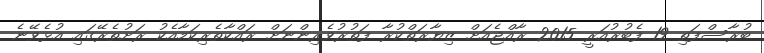
ބުރާސްފަތި 19 ފެބުރުއަރީ 2015 ރާއްޖެއަށް ޒިޔާރަތްކުރާ ފަތުރުވެރިންނަށް ރައްކާތެރިކަމާއެކު ރަށުތެރޭގައި އުޅެވޭނެ